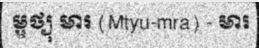
ម្ឫថ្យុ មារ (Mtyu-mra) - មារ